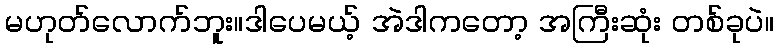
မဟုတ်လောက်ဘူး။ဒါပေမယ့် အဲဒါကတော့ အကြီးဆုံး တစ်ခုပဲ။